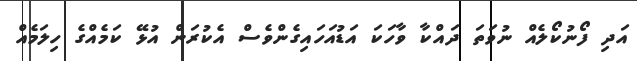
އަދި ފޯނުކޯލެއް ނުވަތަ ދައްކާ ވާހަކަ އަޑުއަހައިގެންވެސް އެކުރަން އުޅޭ ކަމެއްގެ ހިލަމެއް